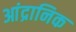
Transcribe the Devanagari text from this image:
आंद्रानिक